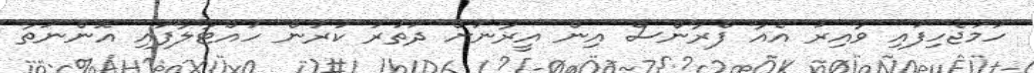
ހަމަޖެހިފައި ވާއިރު އެއާ ފްރާންސް އިން އީރާނަށް ދަތުރު ކުރުން ހުއްޓާލާފައި އޮންނަތާ